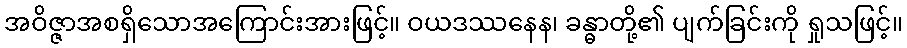
အဝိဇ္ဇာအစရှိသောအကြောင်းအားဖြင့်။ ဝယဒဿနေန၊ ခန္ဓာတို့၏ ပျက်ခြင်းကို ရှုသဖြင့်။